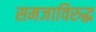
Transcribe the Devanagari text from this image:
समजाविरुद्ध